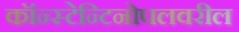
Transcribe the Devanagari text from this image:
कॉन्स्टेन्टिनोपलवरील